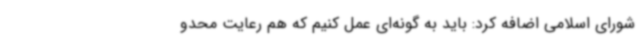
شورای اسلامی اضافه کرد: باید به گونه‌ای عمل کنیم که هم رعایت محدو